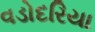
વડોદરિયા